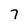
Character: 7